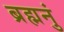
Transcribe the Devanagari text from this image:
ब्रह्मनुं